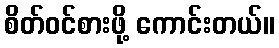
စိတ်ဝင်စားဖို့ ကောင်းတယ်။